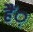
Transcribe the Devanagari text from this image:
हैं़